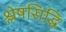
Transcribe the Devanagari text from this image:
श्लेषसिद्धि